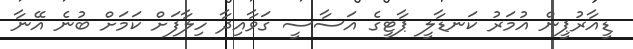
ޑީއާރުޕީން އުމަރު ކަނޑާލީ ޕާޓީގެ އަސާސީ ގަވާއިދާ ހިލާފަށް ކަމަށް ބުނެ އޭނާ